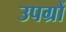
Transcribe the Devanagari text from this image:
उपग्रों